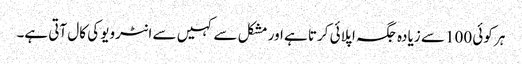
ہر کوئی 100 سے زیادہ جگہ اپلائی کرتا ہے اور مشکل سے کہیں سے انٹرویو کی کال آتی ہے۔